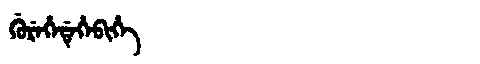
Manchu: ᡤᡠᡵᡝᡥᡝᡩᡝᡥᡝᠪᡳᡥᡝ
Romanization: GUREHEDEHEBIHE